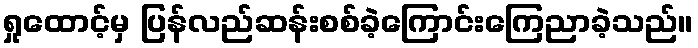
ရှုထောင့်မှ ပြန်လည်ဆန်းစစ်ခဲ့ကြောင်းကြေညာခဲ့သည်။